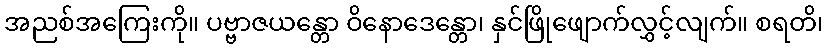
အညစ်အကြေးကို။ ပဗ္ဗာဇယန္တော ဝိနောဒေန္တော၊ နှင်ဖြိုဖျောက်လွှင့်လျက်။ စရတိ၊